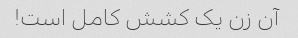
آن زن یک کشش کامل است!